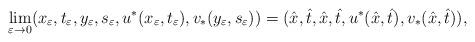
LaTeX: \begin{align*}\lim_{\varepsilon\to0}(x_\varepsilon,t_\varepsilon,y_\varepsilon,s_\varepsilon,u^*(x_\varepsilon,t_\varepsilon),v_*(y_\varepsilon,s_\varepsilon))=(\hat{x},\hat{t},\hat{x},\hat{t},u^*(\hat{x},\hat{t}),v_*(\hat{x},\hat{t})),\end{align*}